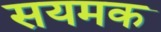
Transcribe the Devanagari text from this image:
सयमक